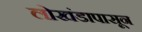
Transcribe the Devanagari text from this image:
लाेखंडापासून